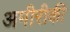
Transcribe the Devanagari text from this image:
अमीरीकी